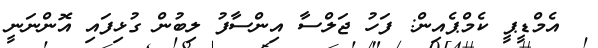
އެމްޑީޕީ ކެމްޕެއިން: ފަހު ޖަލްސާ އިންސާފު ލިބުން ގުޅިފައި އޮންނަނީ